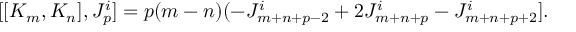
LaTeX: [ [ K _ { m } , K _ { n } ] , J _ { p } ^ { i } ] = p ( m - n ) ( - J _ { m + n + p - 2 } ^ { i } + 2 J _ { m + n + p } ^ { i } - J _ { m + n + p + 2 } ^ { i } ] .